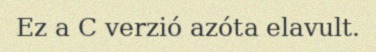
Ez a C verzió azóta elavult.